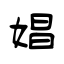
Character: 娼